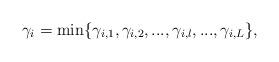
LaTeX: \begin{align*}\gamma_i = \textrm{min}\{\gamma_{i,1},\gamma_{i,2},...,\gamma_{i,l},...,\gamma_{i,L}\},\end{align*}